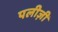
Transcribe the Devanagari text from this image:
पलीज़ी